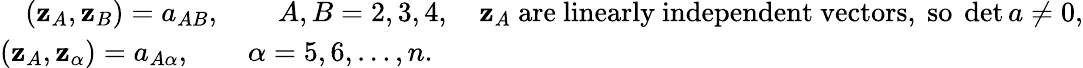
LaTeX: \begin{array}{r}{({\mathbf z}_{A},{\mathbf z}_{B})=a_{AB},\qquad A,B=2,3,4,\quad{\mathbf z}_{A}~\mathrm{are~linearly~independent~vectors,~so}~\operatorname*{det}a\ne 0,}\\ {({\mathbf z}_{A},{\mathbf z}_{\alpha})=a_{A\alpha},\qquad\alpha=5,6,\ldots,n.\qquad\qquad\qquad\qquad\qquad\qquad\qquad\qquad\qquad\qquad\qquad\quad}\end{array}